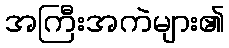
အကြီးအကဲများ၏